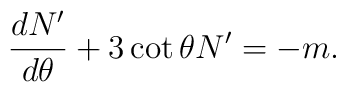
\frac{d N'}{d \theta} + 3 \cot\theta N' = - m.